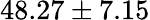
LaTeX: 48.27\pm 7.15